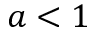
a < 1